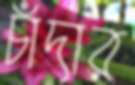
চাঁদার